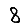
Digit: 8